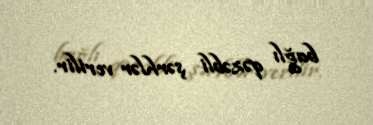
bağlı qəzəbli şərhlər verilir.